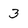
Character: 3